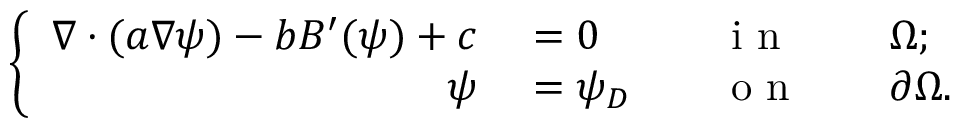
\left\{ \begin{array} { r l r l r l } { \nabla \cdot ( a \nabla \psi ) - b B ^ { \prime } ( \psi ) + c } & { { } = 0 } & { } & { { } \mathrm { ~ i ~ n ~ } } & { } & { { } \Omega ; } \\ { \psi } & { { } = \psi _ { D } } & { } & { { } \mathrm { ~ o ~ n ~ } } & { } & { { } \partial \Omega . } \end{array} \right.